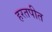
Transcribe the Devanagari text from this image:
हरतपीत